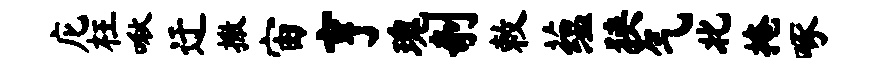
庀枉啾迂撒宙亨瑰剞敕蕴狭气北掩啄